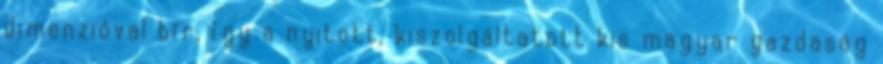
dimenzióval bír, így a nyitott, kiszolgáltatott kis magyar gazdaság